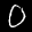
Label: 0